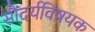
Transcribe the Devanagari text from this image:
सौंदर्यविषयक